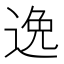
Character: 逸